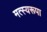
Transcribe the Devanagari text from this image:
मत्स्यरूपा